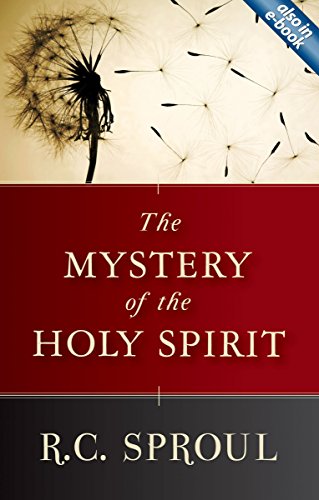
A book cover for The Mystery of the Holy Spirit; R.C. Sproul; Christian Books & Bibles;